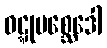
ဝဋ္ဋုပစ္ဆေဒေါ